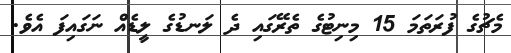
މެޗުގެ ފުރަތަމަ 15 މިނިޓުގެ ތެރޭގައި ދެ ލަނޑުގެ ލީޑެއް ނަގައިފަ އެވެ.